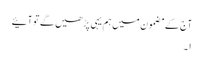
آج کے مضمون میں ہم یہی پڑھیں گے تو آئیے
۱۔